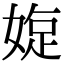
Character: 𡟐